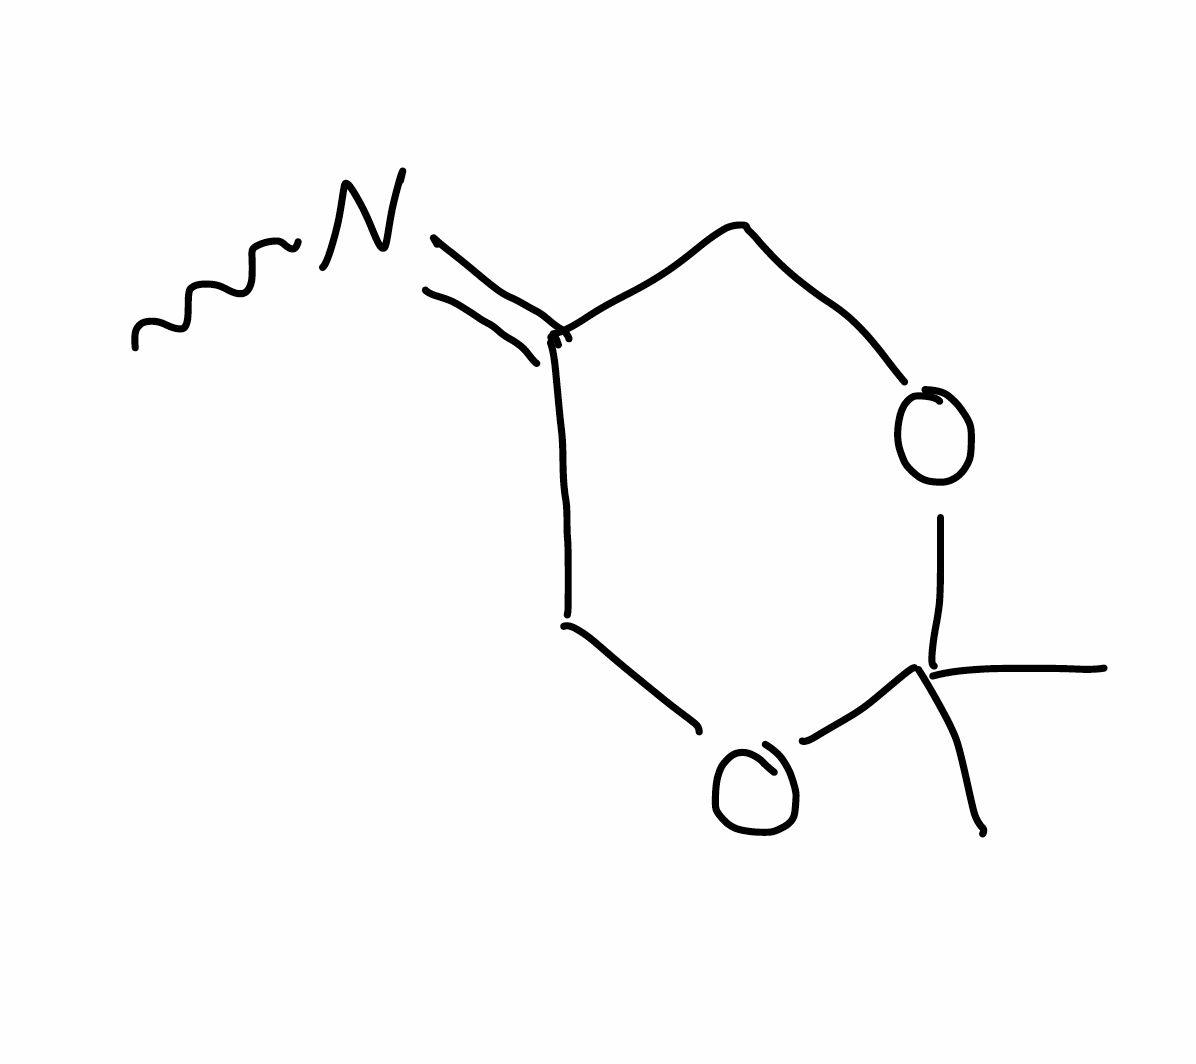
Simplified molecular-input line-entry system (SMILES) notation of the given molecule:
CC1(OCC(=NC)CO1)C